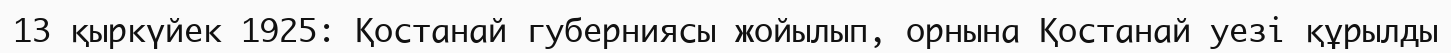
13 қыркүйек 1925: Қостанай губерниясы жойылып, орнына Қостанай уезі құрылды